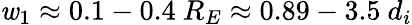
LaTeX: \mathit{w}_{1}\approx0.1-0.4\ R_{E}\approx0.89-3.5\ d_{i}